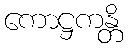
ကောဋ္ဌကန္တိ